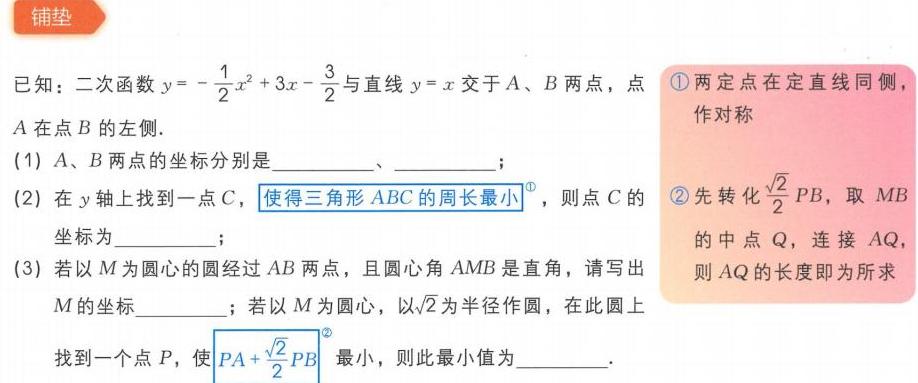
已知：二次函数\(y = -\frac{1}{2}x^{2}+3x-\frac{3}{2}\)与直线\(y = x\)交于\(A\)、\(B\)两点，点\(A\)在点\(B\)的左侧.
(1) \(A\)、\(B\)两点的坐标分别是  、  .
(2) 在\(y\)轴上找到一点\(C\)，\(^{\textcircled{1}}\)使得三角形\(ABC\)的周长最小 ，则点\(C\)的坐标为  .
(3) 若以\(M\)为圆心的圆经过\(AB\)两点，且圆心角\(AMB\)是直角，请写出\(M\)的坐标  ；若以\(M\)为圆心，以\(\sqrt{2}\)为半径作圆，在此圆上找到一个点\(P\)，使\(^{\textcircled{2}}PA+\frac{\sqrt{2}}{2}PB\) 最小，则此最小值为  .
\textcircled{1}两定点在定直线同侧，作对称
\textcircled{2}先转化\(\frac{\sqrt{2}}{2}PB\)，取\(MB\)的中点\(Q\)，连接\(AQ\)，则\(AQ\)的长度即为所求